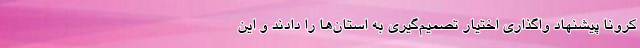
کرونا پیشنهاد واگذاری اختیار تصمیم‌گیری به استان‌ها را دادند و این